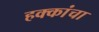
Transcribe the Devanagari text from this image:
हक्‍कांचा